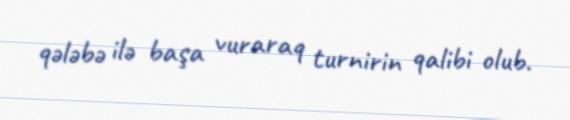
qələbə ilə başa vuraraq turnirin qalibi olub.